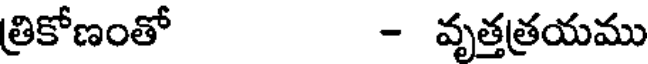
త్రికోణంతో - వృత్తత్రయము